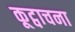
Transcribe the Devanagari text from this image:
कूट्वाचना